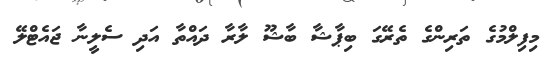
މިފިލްމުގެ ތަރިންގެ ތެރޭގަ ބިޕާޝާ ބާޝޫ ލާރާ ދައްތާ އަދި ސެލީނާ ޖައެޓްލޭ